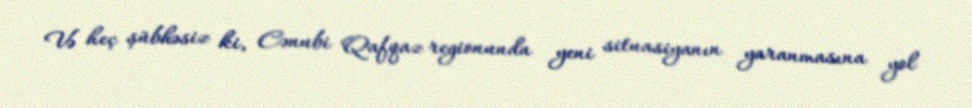
Və heç şübhəsiz ki, Cənubi Qafqaz regionunda yeni situasiyanın yaranmasına yol